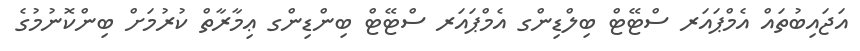
އަޖައިބުތައް އެމްޕައަރ ސްޓޭޓް ބިލްޑިންގ އެމްޕައަރ ސްޓޭޓް ބިންޑިންގ ޢިމާރާތް ކުރުމަށް ބިންކޮނުމުގެ